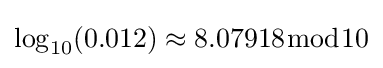
\log _{10}(0.012)\approx 8.07918{\bmod {1}}0